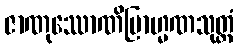
ဇာဏုဿောဏိဗြာဟ္မဏသုတ္တံ